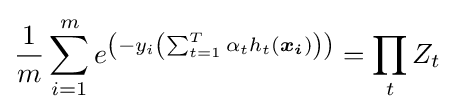
{\frac {1}{m}}\sum _{i=1}^{m}e^{\left(-y_{i}\left(\sum _{t=1}^{T}\alpha _{t}h_{t}({\boldsymbol {x_{i}}})\right)\right)}=\prod _{t}Z_{t}